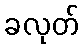
ခလုတ်